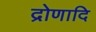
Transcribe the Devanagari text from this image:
द्रोणादि